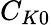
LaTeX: C_{K0}